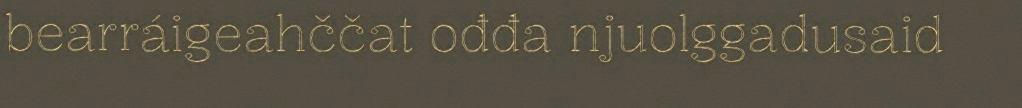
bearráigeahččat ođđa njuolggadusaid